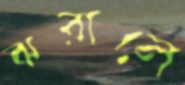
ঝরালে